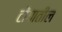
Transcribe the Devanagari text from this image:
टोंगातील